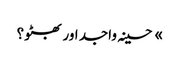
» حسینہ واجد اور بھٹو؟